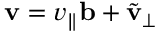
{ \bf v } = v _ { \parallel } { \bf b } + \tilde { { \bf v } } _ { \perp }